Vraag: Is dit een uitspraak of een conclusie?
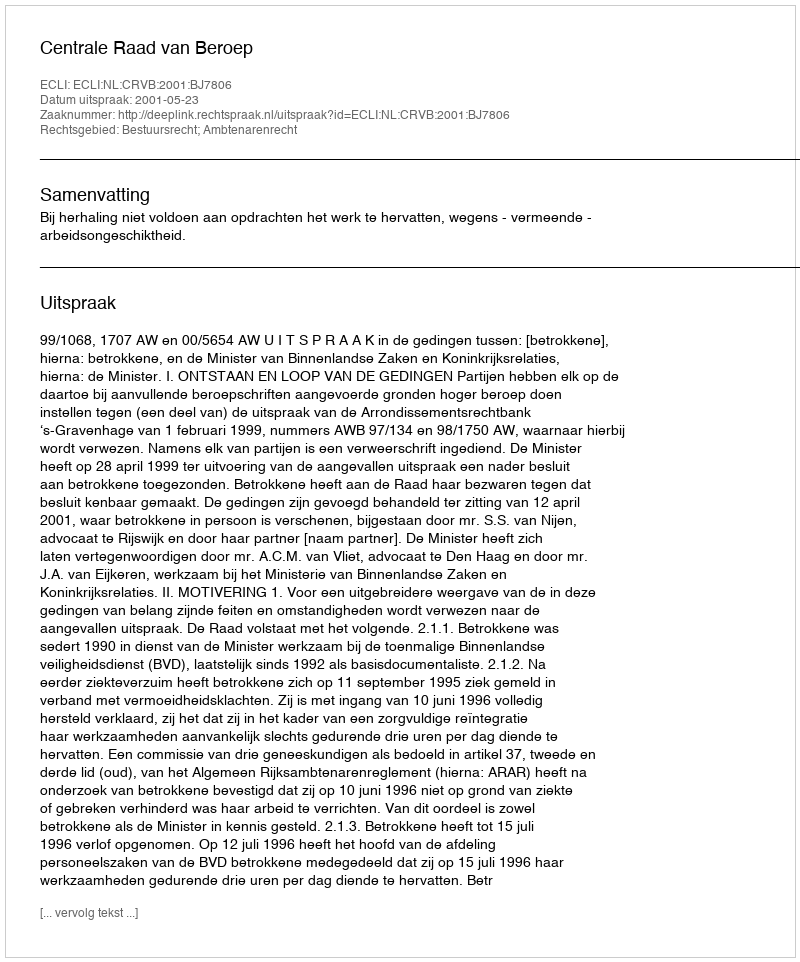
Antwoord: Uitspraak